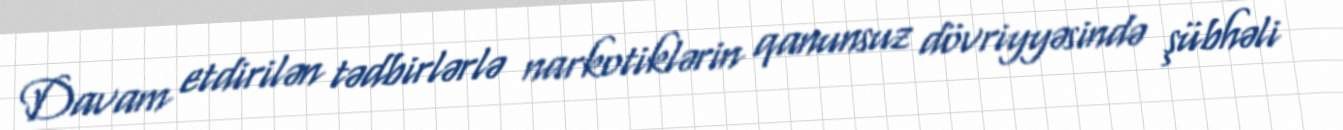
Davam etdirilən tədbirlərlə narkotiklərin qanunsuz dövriyyəsində şübhəli